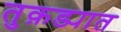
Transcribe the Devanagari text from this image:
तुक़ड्यात